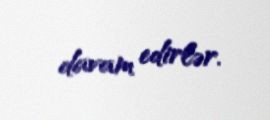
davam edirlər.